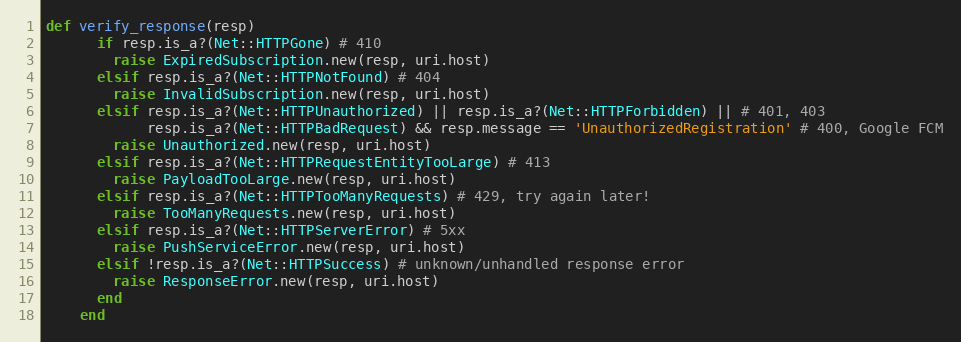
Language: Ruby
def verify_response(resp)
      if resp.is_a?(Net::HTTPGone) # 410
        raise ExpiredSubscription.new(resp, uri.host)
      elsif resp.is_a?(Net::HTTPNotFound) # 404
        raise InvalidSubscription.new(resp, uri.host)
      elsif resp.is_a?(Net::HTTPUnauthorized) || resp.is_a?(Net::HTTPForbidden) || # 401, 403
            resp.is_a?(Net::HTTPBadRequest) && resp.message == 'UnauthorizedRegistration' # 400, Google FCM
        raise Unauthorized.new(resp, uri.host)
      elsif resp.is_a?(Net::HTTPRequestEntityTooLarge) # 413
        raise PayloadTooLarge.new(resp, uri.host)
      elsif resp.is_a?(Net::HTTPTooManyRequests) # 429, try again later!
        raise TooManyRequests.new(resp, uri.host)
      elsif resp.is_a?(Net::HTTPServerError) # 5xx
        raise PushServiceError.new(resp, uri.host)
      elsif !resp.is_a?(Net::HTTPSuccess) # unknown/unhandled response error
        raise ResponseError.new(resp, uri.host)
      end
    end